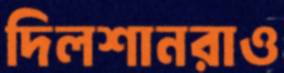
দিলশানরাও